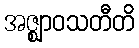
အဇ္ဈာဝသတီတိ